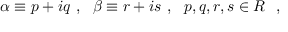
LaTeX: \alpha \equiv p + i q ~ , ~ ~ \beta \equiv r + i s ~ , ~ ~ p , q , r , s \in { \boldmath R } ~ ~ ,